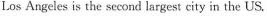
Los Angeles is the second largest city in the US.